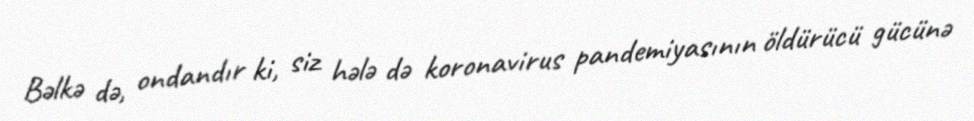
Bəlkə də, ondandır ki, siz hələ də koronavirus pandemiyasının öldürücü gücünə